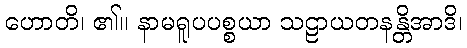
ဟောတိ၊ ၏။ နာမရူပပစ္စယာ သဠာယတနန္တိအာဒိ၊